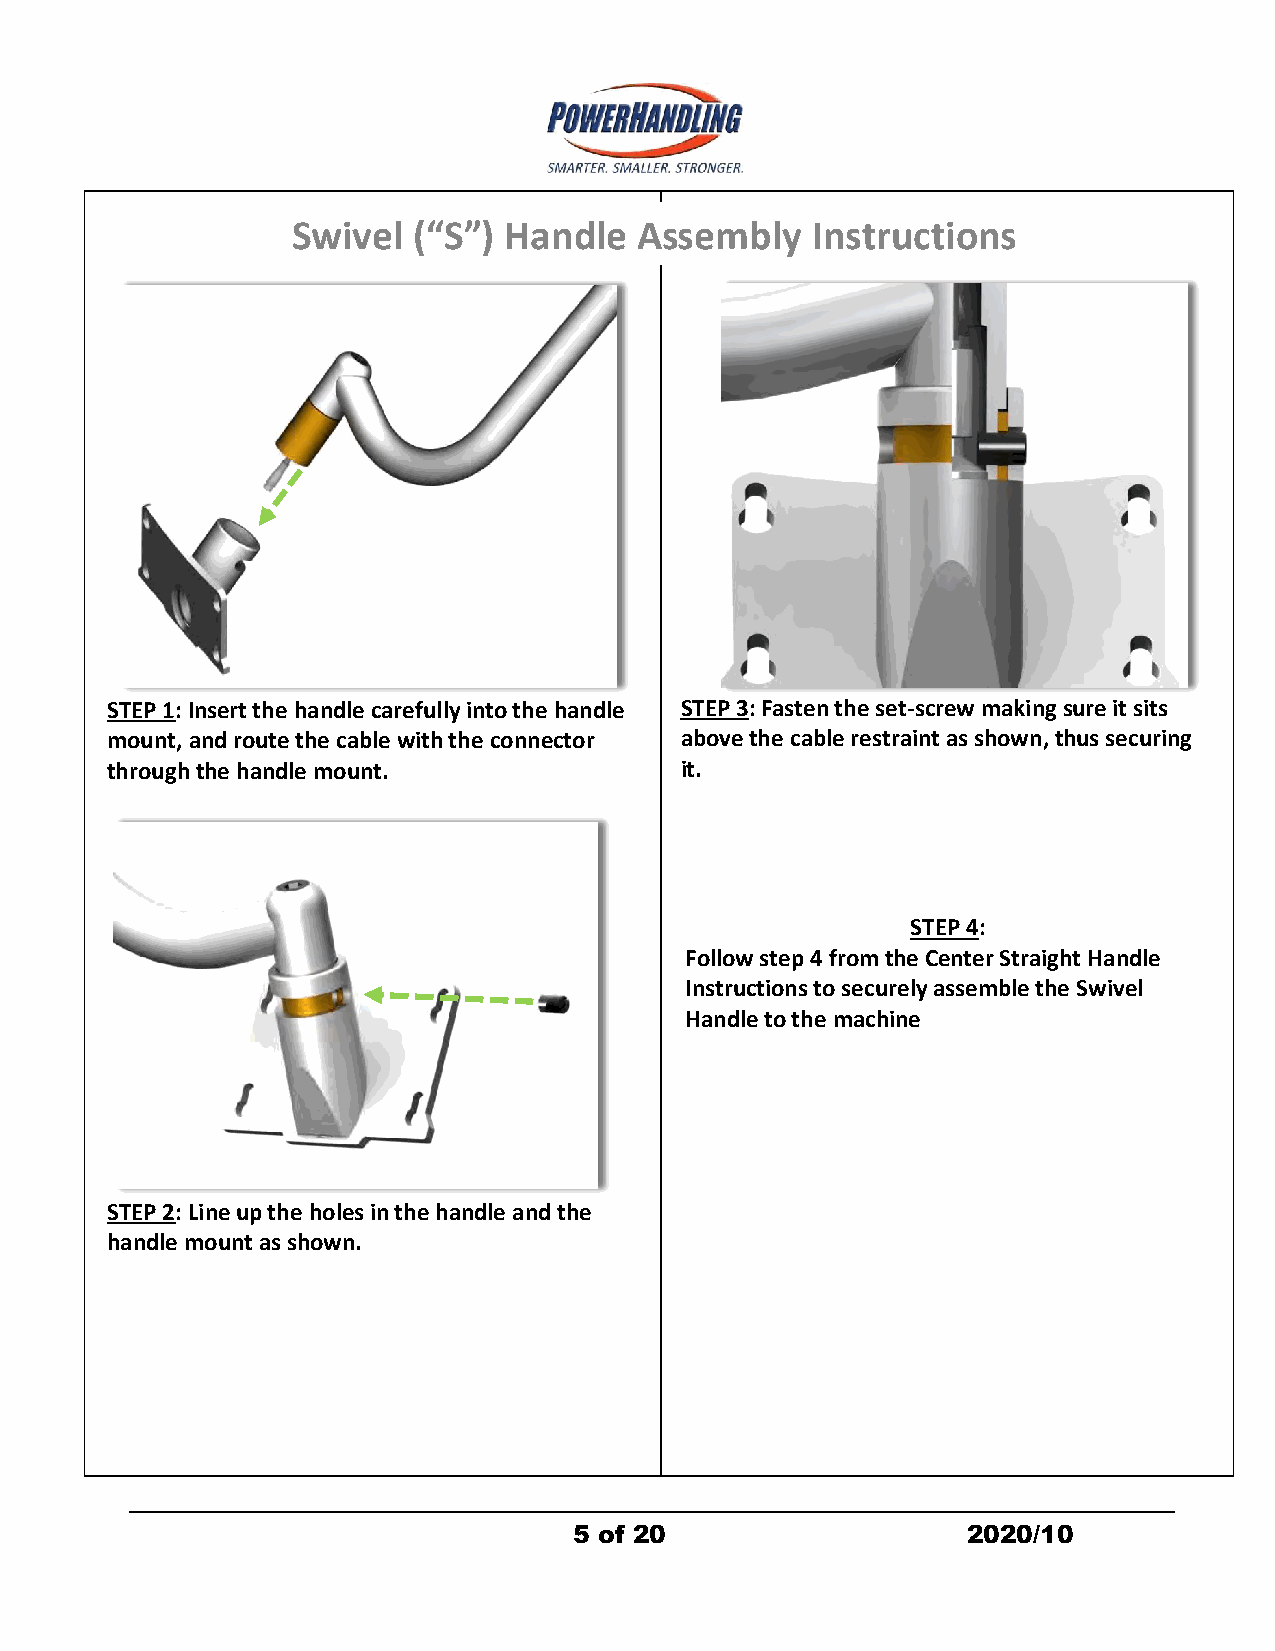
Swivel  (“S”) Handle   Assembly    Instructions
 STEP 1: Insert the handle carefully into the handle STEP 3: Fasten the set-screw making sure it sits
 mount, and route the cable with the connector above the cable restraint as shown, thus securing
 through the handle mount.             it.
 STEP 4:
 Follow step 4 from the Center Straight Handle
 Instructions to securely assemble the Swivel
 Handle to the machine
 STEP 2: Line up the holes in the handle and the
 handle mount as shown.
 5 of 20                   2020/10